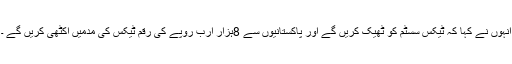
انہوں نے کہا کہ ٹیکس سسٹم کو ٹھیک کریں گے اور پاکستانیوں سے 8ہزار ارب روپے کی رقم ٹیکس کی مدمیں اکٹھی کریں گے ۔